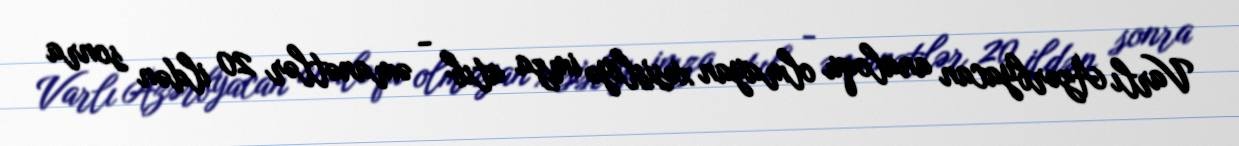
Varlı Azərbyacan analoqu olmayan xəsisliyə imza atıb - əmanətlər 20 ildən sonra